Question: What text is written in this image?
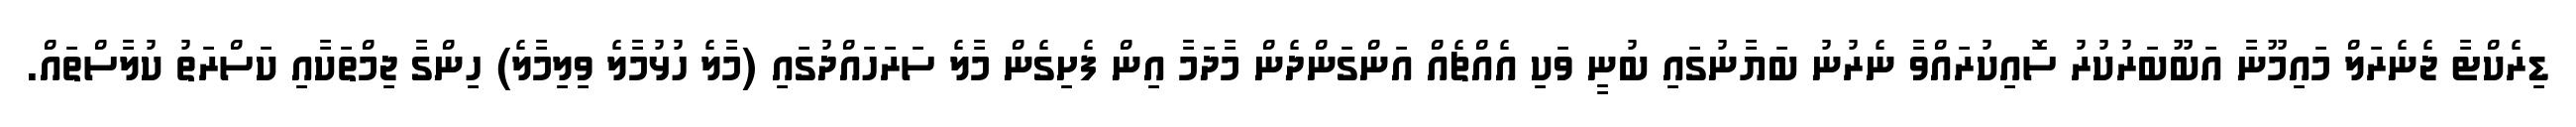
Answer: ޑިރެކްޓާ ޖެނެރަލް މައިމޫނާ އަބޫބަރުކުރު ސޮއިކުރައްވާ ނެރުނު ބަޔާނުގައި ބުނީ ވަކި އެއްޗެއް އަންގަންދެން މާދަމާ އިން ފެށިގެން މާލެ ސަރަހައްދުގައި (މާލެ ހުޅުމާލެ ވިލިމާލެ) ހިންގާ ޖިމްތަކާއި ކަސްރަތު ކުލާސްތައް.